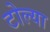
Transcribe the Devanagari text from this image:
टोल्या